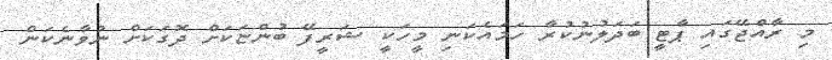
މި ރާއްޖޭގައި ޕާޓީ ބަދަލުނުކުރާ ހަމައެކަނި މީހަކީ ޝަރީފޭ ބުންޏަކަށް ދޮގަކަށް ނުވާނެކަން